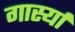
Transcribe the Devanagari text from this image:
गार्स्या